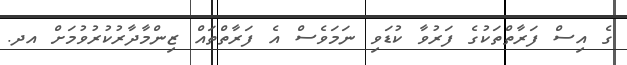
ގެ އިސް ފަރާތްތަކުގެ ފަރުވާ ކުޑަވި ނަމަވެސް އެ ފަރާތްތައް ޒިންމާދާރުކުރުވުމަށް އދ.